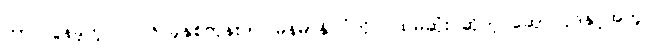
ဟာ လွန်ခဲ့တဲ့ ၂၀၁၆ ခုနှစ်တုန်းက မြန်မာနိုင်ငံကို ပထမဆုံး ဆိုတဲ့ ဆောင်ပုဒ်နှင့်အတူ